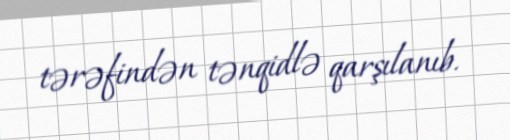
tərəfindən tənqidlə qarşılanıb.